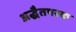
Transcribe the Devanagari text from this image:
अद्धैतपरक